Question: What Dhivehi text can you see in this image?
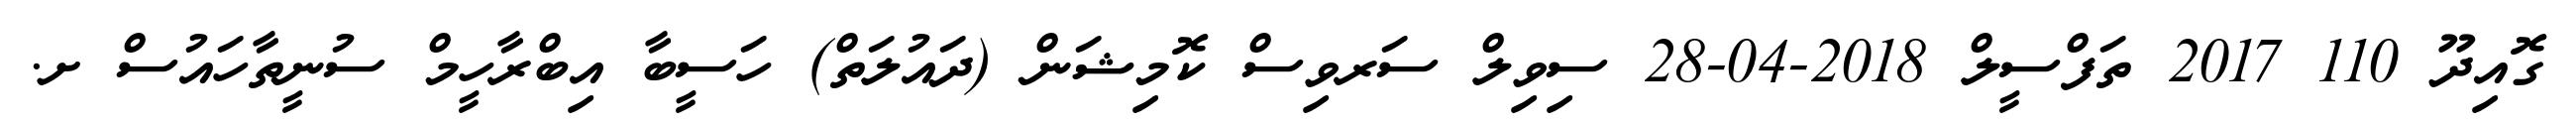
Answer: ގޮއިދޫ 110 2017 ތަފްސީލް 2018-04-28 ސިވިލް ސަރވިސް ކޮމިޝަން (ދައުލަތް) ހަސީބާ އިބްރާހީމް ސުނީތާހައުސް ށ.